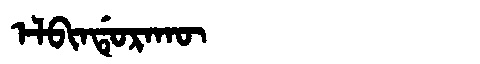
Manchu: ᡝᠯᠪᡳᠨᡩᡠᡵᠠᡴᡡ
Romanization: ELBINDURAKŪ